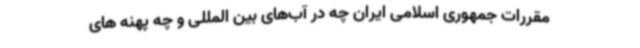
مقررات جمهوری اسلامی ایران چه در آب‌های بین المللی و چه پهنه های